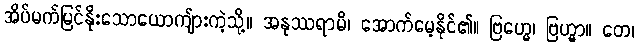
အိပ်မက်မြင်နိုးသောယောကျ်ားကဲ့သို့။ အနုဿရာမိ၊ အောက်မေ့နိုင်၏။ ဗြဟ္မေ၊ ဗြဟ္မာ။ တေ၊